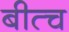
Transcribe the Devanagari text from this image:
बीत्च